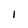
Character: i